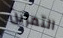
التمرين